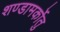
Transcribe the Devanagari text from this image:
शण्डामर्कोतु